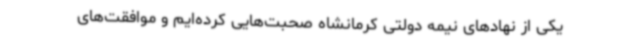
یکی از نهادهای نیمه دولتی کرمانشاه صحبت‌هایی کرده‌ایم و موافقت‌های